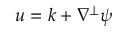
u = k + \nabla ^ { \perp } \psi